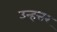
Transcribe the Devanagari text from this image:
उन्हत्तर